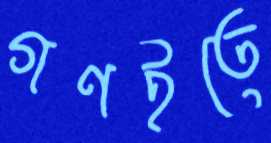
গণইতে